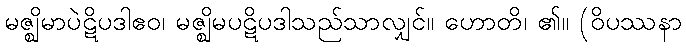
မဇ္ဈိမာပဲဋိပဒါဧဝ၊ မဇ္ဈိမပဋိပဒါသည်သာလျှင်။ ဟောတိ၊ ၏။ (ဝိပဿနာ